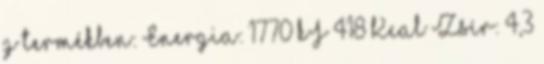
g termékben: Energia: 1770 kJ 418 Kcal Zsír: 4,3